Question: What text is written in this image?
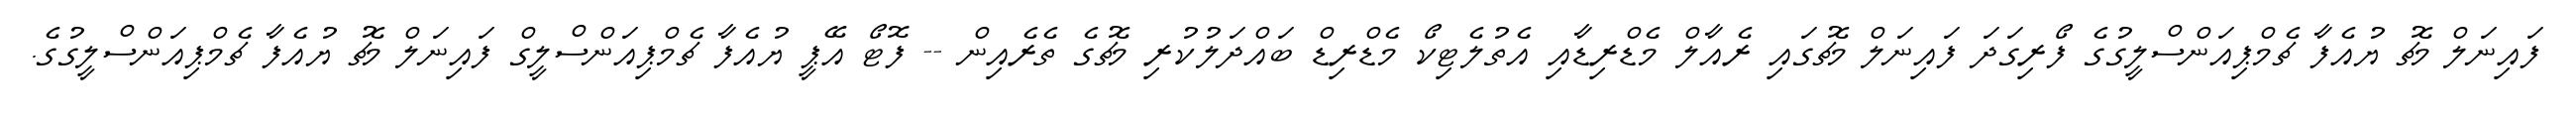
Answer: ފައިނަލް މެޗު ޔުއެފާ ޗެމްޕިއަންސްލީގުގެ ފޯރިގަދަ ފައިނަލް މެޗުގައި ރެއާލް މެޑްރިޑާއި އެތުލެޓިކޯ މެޑްރިޑް ބައްދަލުކުރި މެޗުގެ ތެރެއިން -- ފޮޓޯ އޭޕީ ޔުއެފާ ޗެމްޕިއަންސްލީގް ފައިނަލް މެޗު ޔުއެފާ ޗެމްޕިއަންސްލީގުގެ.